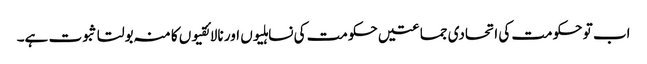
اب تو حکومت کی اتحادی جماعتیں حکومت کی نساہلیوں اور نالائقیوں کا منہ بولتا ثبوت ہے۔